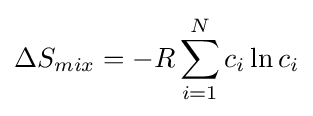
{\Delta }S_{mix}=-R\sum _{i=1}^{N}c_{i}\ln {c_{i}}